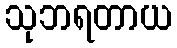
သုဘရတာယ